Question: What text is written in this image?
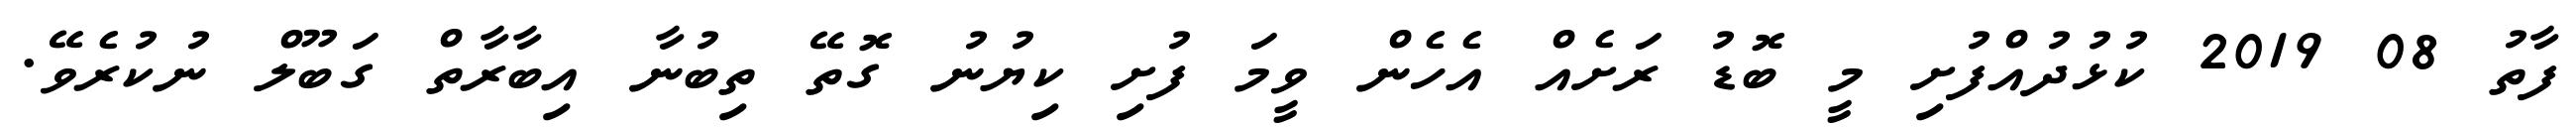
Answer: ފާތު 08 2019 ކުޅުދުއްފުށި މީ ބޮޑު ރަށެއް އެހެން ވީމަ ފުށި ކިޔުނު ގޮތޭ ތިބުނާ އިބާރާތް ގަބޫލް ނުކުރެވޭ.